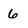
Character: 6